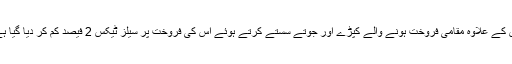
اس کے علاوہ مقامی فروخت ہونے والے کپڑے اور جوتے سستے کرتے ہوئے اس کی فروخت پر سیلز ٹیکس 2 فیصد کم کر دیا گیا ہے۔